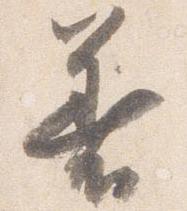
着